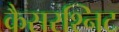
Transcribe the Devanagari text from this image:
कैसरश्निट